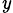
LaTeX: _\mathit{y}